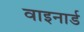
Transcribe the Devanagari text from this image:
वाइनार्ड